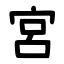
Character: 宮